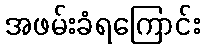
အဖမ်းခံရကြောင်း